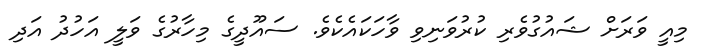
މިއީ ވަރަށް ޝައުގުވެރި ކުރުވަނިވި ވާހަކައެކެވެ. ސައޫދީގެ މިހާރުގެ ވަލީ އަހުދު އަދި